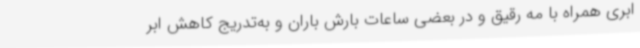
ابری همراه با مه رقیق و در بعضی ساعات بارش باران و به‌تدریج کاهش ابر